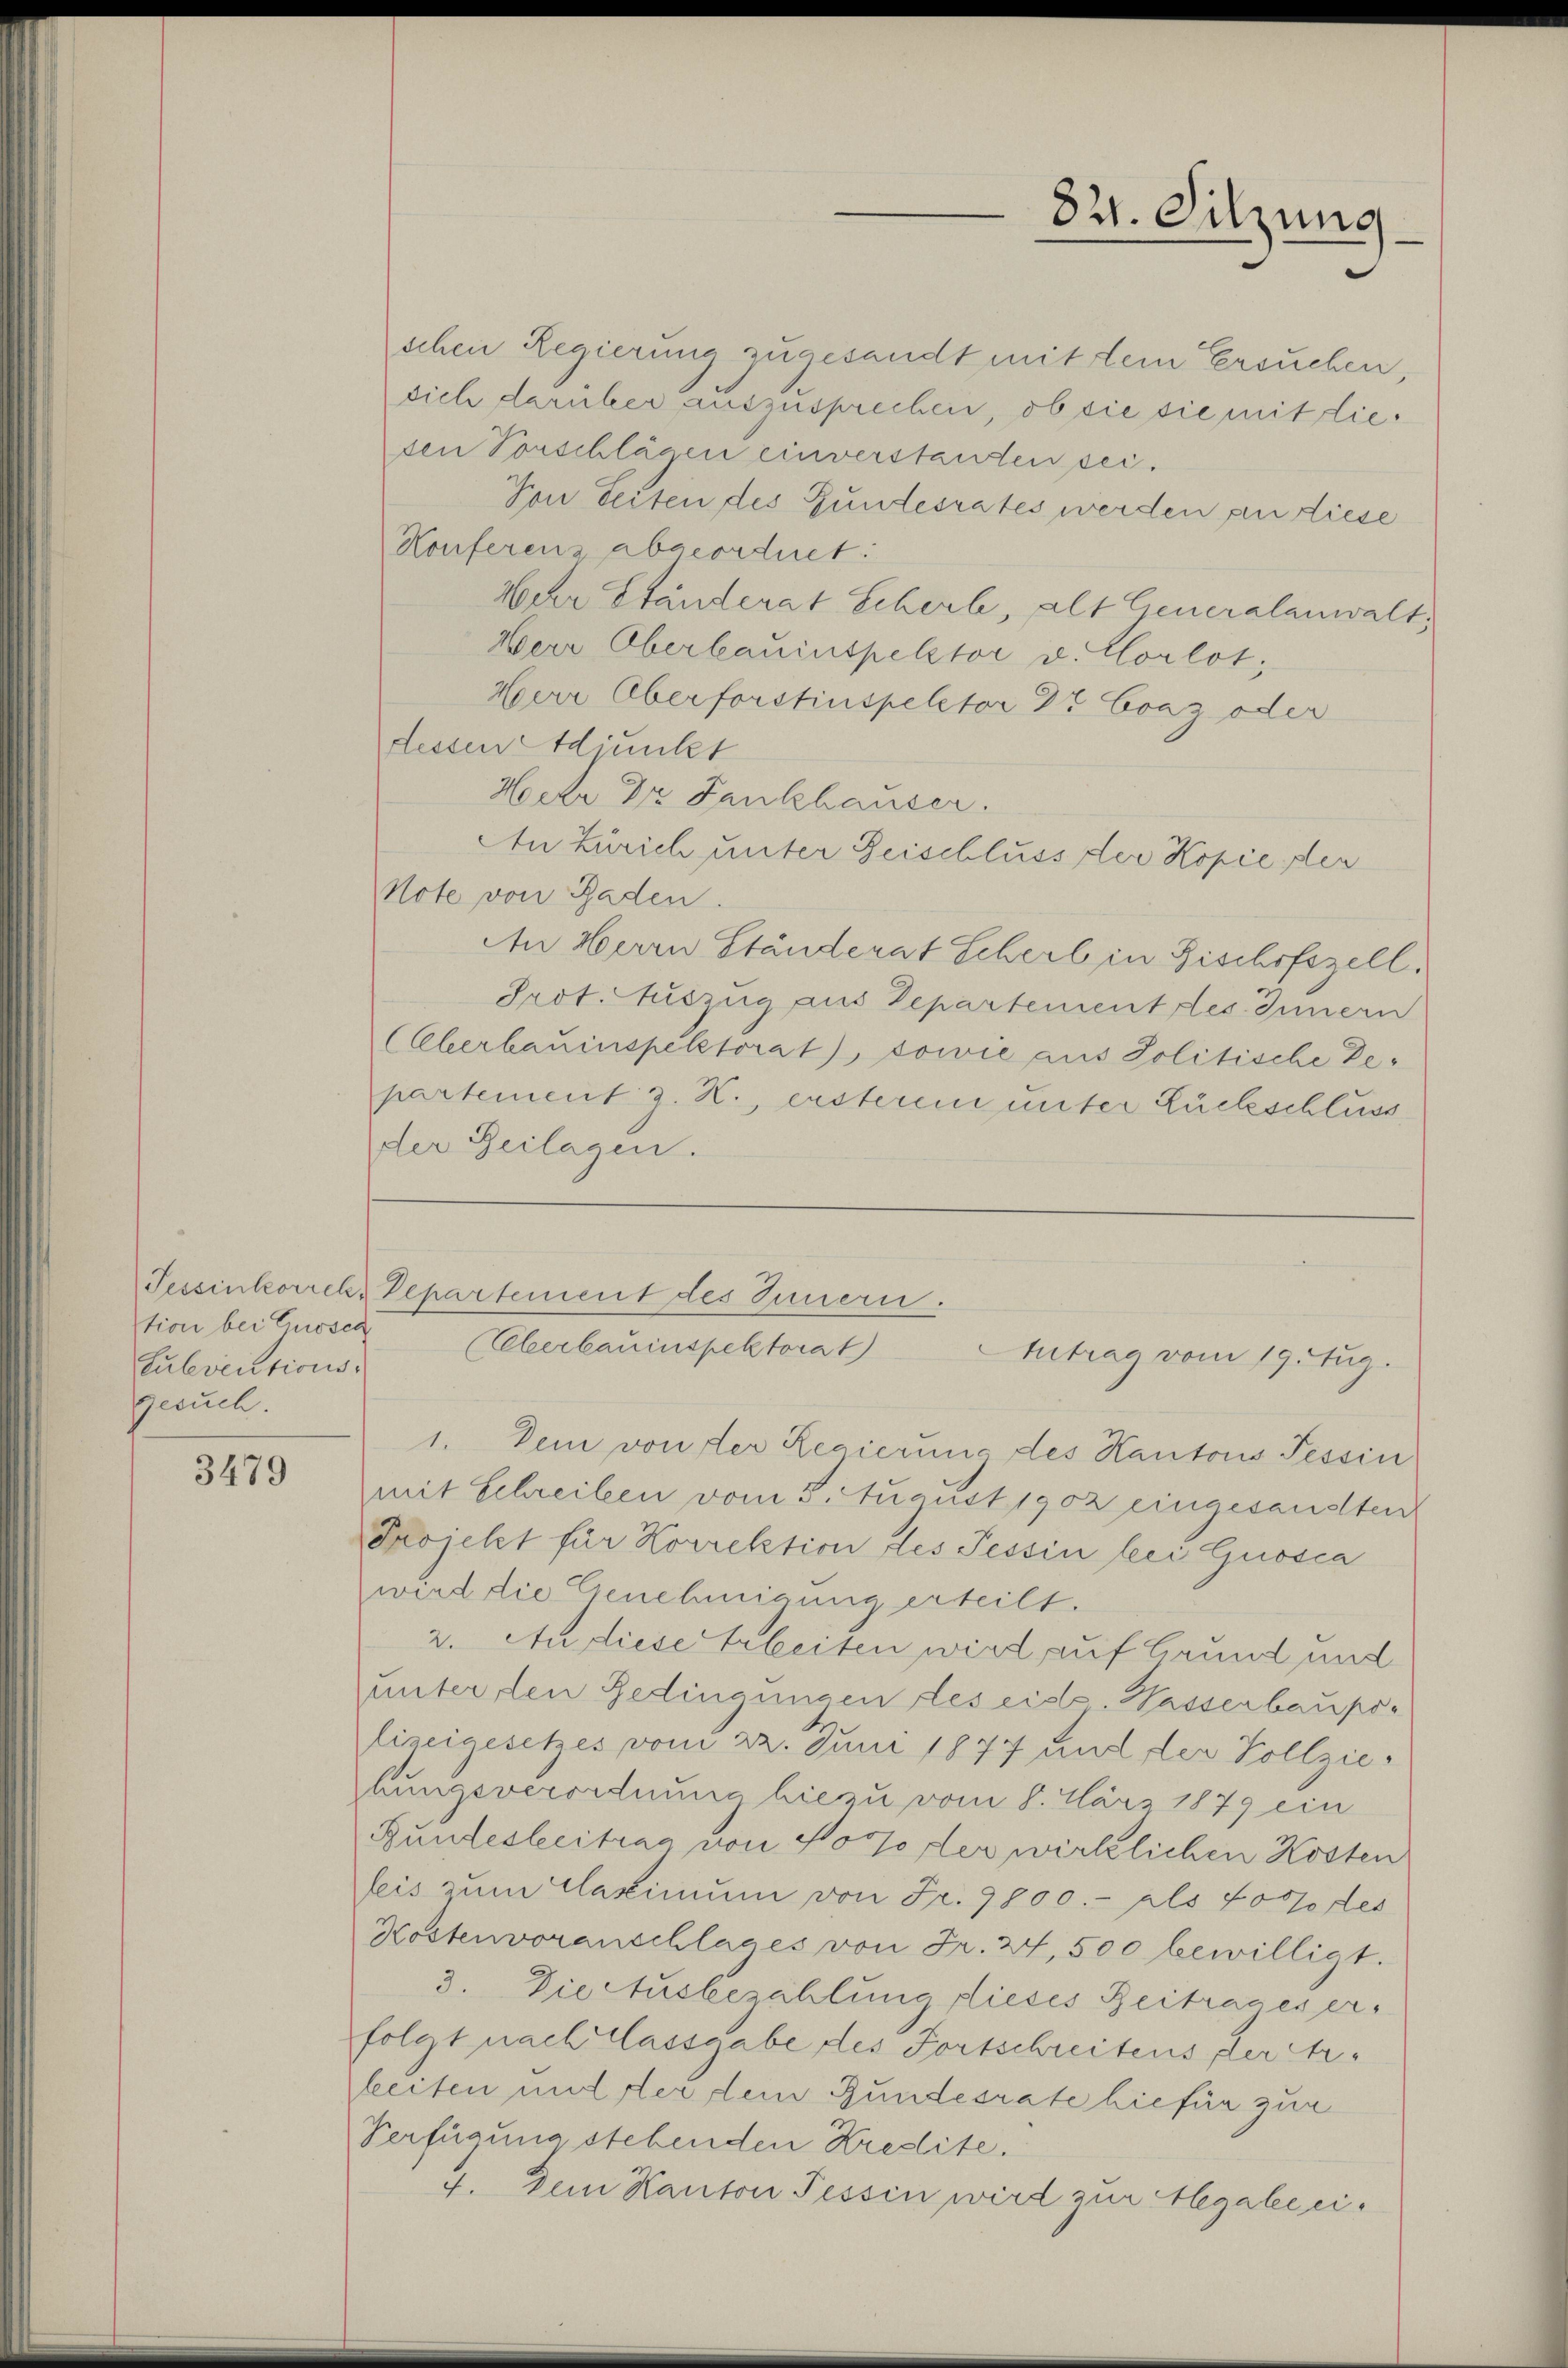
tion bei Guosen
Culeventionsgesuch.

3479

schen Regierung zugesandt mit dem Ersuchen,
sich darüber auszusprechen, ob sie sie mit diesen Vorschlägen einverstanden sei.
Von beiten des Bundesrates werden an diese
Konferenz abgeordnet:
Woher Ständerat Schert, alt Generalanwalt;
Herr Oberbauinspektor v. Corlot;
Herr Oberforstinspector Dr Evaz oder
dessen Adjunkt
Hoche Dr. Fankhauser.
An Zürich unter Beischluss der Kopie der
Note von Baden.
An Herrn Ständerat Scherl in Bischofszell.
Prot. Auszug aus Departement des Innern
(Oberbauinspektorat), sowie aus Politische Departement z. K., ersterem unter Rückschluss
der Zeilagen.

82. Sitzung

Tessinkorrek-Departement des Innern.
(Eberbauinspektorat)
Antrag vom 19. Aug.

1. Dein von der Regierung des Kantons Tessin
mit Schreiben vom 5. August 1902 eingesandten
Projekt für Korrektion des Tessin bei Grosca
wird die Genehmigung erteilt.
2. An diese Arbeiten wird auf Grund und
unter den Gedingungen des eid. Wasserbaupolizeigesetzes vom 22. Juni 1877 und der Vollziehungsverordnung hiezu vom 8. März 1879 ein
Bundesbeitrag von Norfo der wirklichen Kosten
leis zum Casimum von Fr. 9800.- als Fordes
Kostenvoranschlages von Fr. 24, 500 bewilligt.
3. Die Ausbezahlung dieses Beitrages erfolgt nach Classgabe des Fortschreitens, der Arleiten und der dem Gundesrate hiefür zur
Verfügung stehenden Kredite.
4. Dein Kanton Tessin wird zur Alegale ei¬